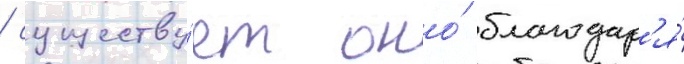
/ существу́ет оно́ благодар'я́